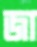
জা